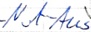
Text: Not-Aus